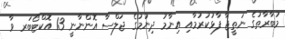
މުބާރާތުގެ ނަތީޖާ ފާޅުކުރުމާއި އިނާމު ދިނުމުގެ ޖަލްސާ އޮންނާނީ 13 އޮކްޓޯބަރ ވާ